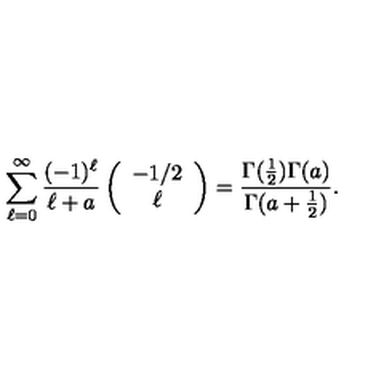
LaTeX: \sum _ { \ell = 0 } ^ { \infty } { \frac { ( - 1 ) ^ { \ell } } { \ell + a } } \left( \begin{array} { c } { - 1 / 2 } \\ { \ell } \\ \end{array} \right) = { \frac { \Gamma ( { \frac { 1 } { 2 } } ) \Gamma ( a ) } { \Gamma ( a + { \frac { 1 } { 2 } } ) } } .